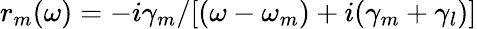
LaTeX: r_{m}(\omega)=-i\gamma_{m}/[(\omega-\omega_{m})+i(\gamma_{m}+\gamma_{l})]